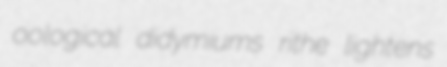
oological didymiums rithe lightens